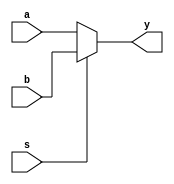
`timescale 1ns / 1ps
//////////////////////////////////////////////////////////////////////////////////
// Company: 
// Engineer: 
// 
// Design Name: 
// Module Name: MUX
// Project Name: 
// Target Devices: 
// Tool Versions: 
// Description: 
// 
// Dependencies: 
// 
// Revision:
// Revision 0.01 - File Created
// Additional Comments:
// 
//////////////////////////////////////////////////////////////////////////////////


module MUX(a,b,s,y);
input a,b,s;
output y;
reg y;
always@(a,b,s)
begin
if(s==0)
y=a;
else
y=b;
end
endmodule